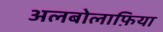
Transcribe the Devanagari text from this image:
अलबोलाफ़िया